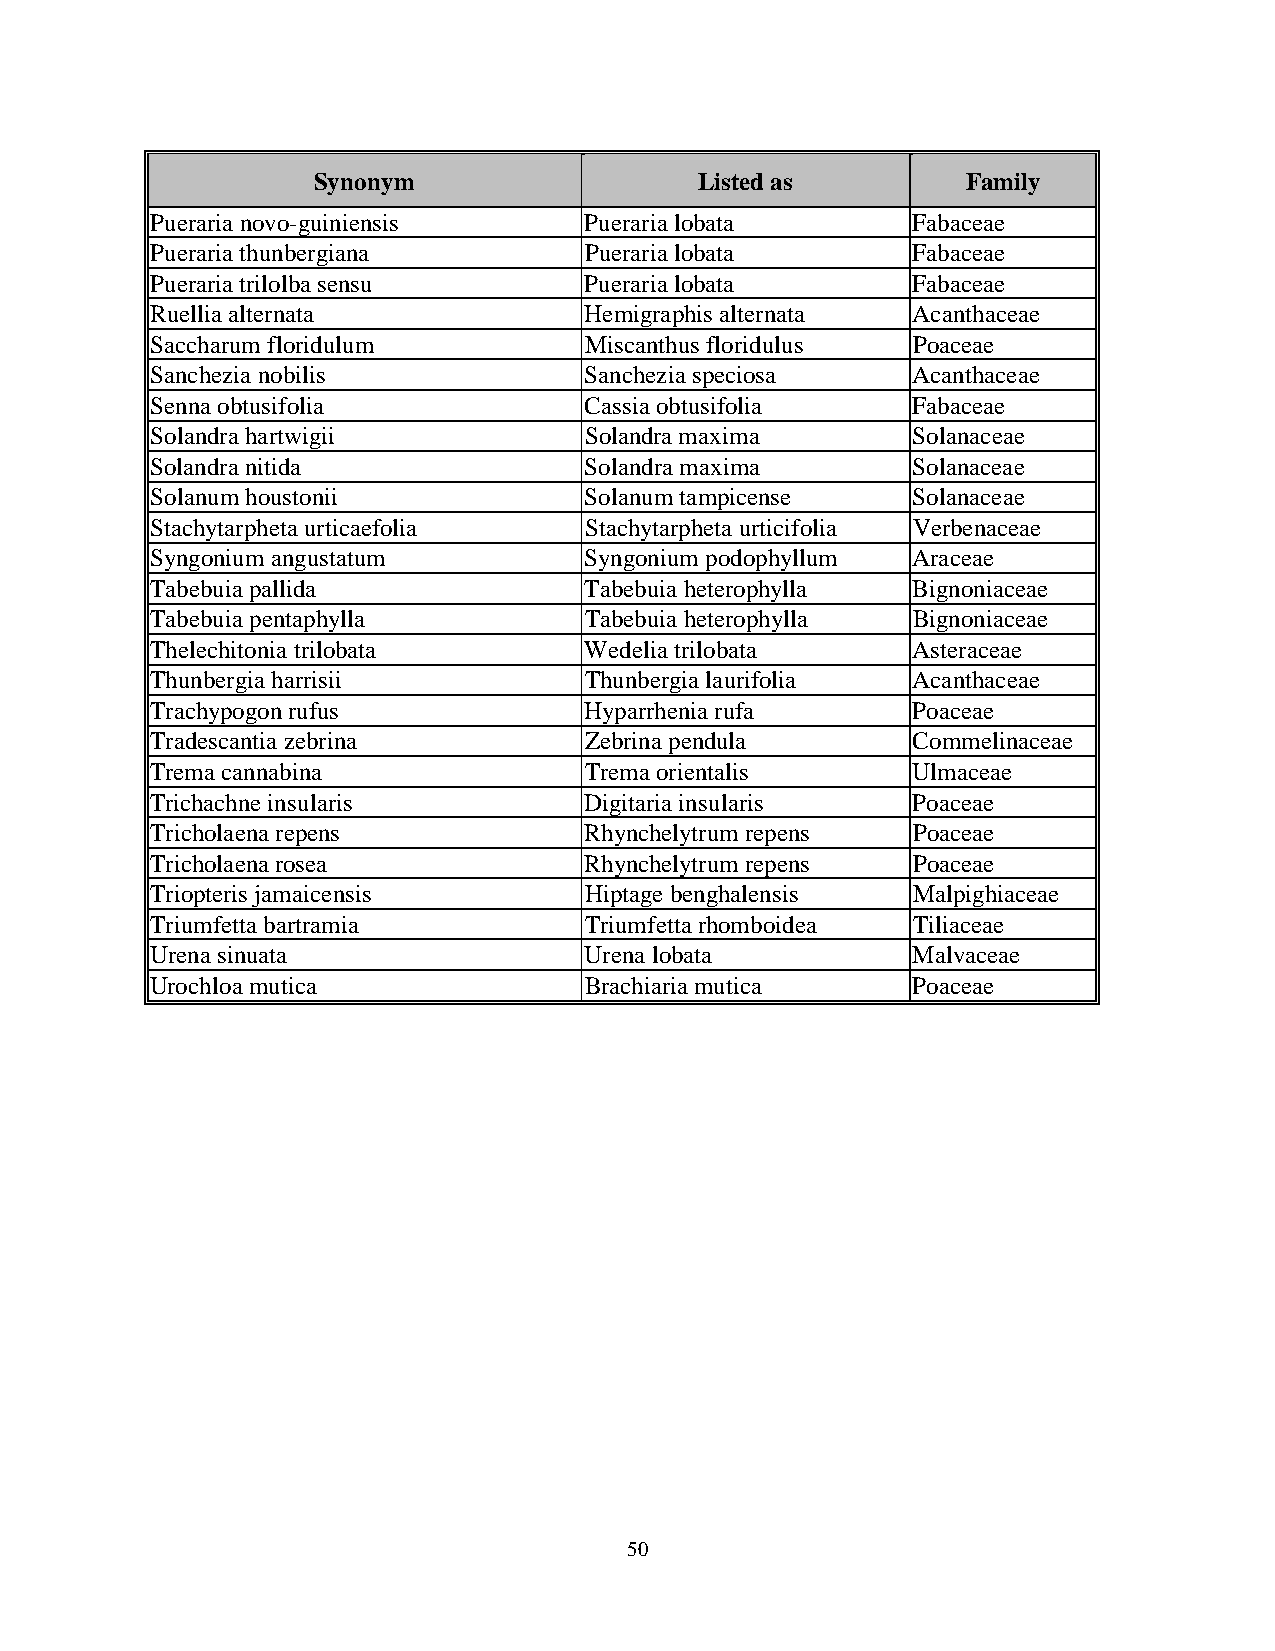
Synonym                  Listed as         Family
 Pueraria novo-guiniensis     Pueraria lobata      Fabaceae
 Pueraria thunbergiana        Pueraria lobata      Fabaceae
 Pueraria trilolba sensu      Pueraria lobata      Fabaceae
 Ruellia alternata            Hemigraphis alternata Acanthaceae
 Saccharum floridulum         Miscanthus floridulus Poaceae
 Sanchezia nobilis            Sanchezia speciosa   Acanthaceae
 Senna obtusifolia            Cassia obtusifolia   Fabaceae
 Solandra hartwigii           Solandra maxima      Solanaceae
 Solandra nitida              Solandra maxima      Solanaceae
 Solanum houstonii            Solanum tampicense   Solanaceae
 Stachytarpheta urticaefolia  Stachytarpheta urticifolia Verbenaceae
 Syngonium angustatum         Syngonium podophyllum Araceae
 Tabebuia pallida             Tabebuia heterophylla Bignoniaceae
 Tabebuia pentaphylla         Tabebuia heterophylla Bignoniaceae
 Thelechitonia trilobata      Wedelia trilobata    Asteraceae
 Thunbergia harrisii          Thunbergia laurifolia Acanthaceae
 Trachypogon rufus            Hyparrhenia rufa     Poaceae
 Tradescantia zebrina         Zebrina pendula      Commelinaceae
 Trema cannabina              Trema orientalis     Ulmaceae
 Trichachne insularis         Digitaria insularis  Poaceae
 Tricholaena repens           Rhynchelytrum repens Poaceae
 Tricholaena rosea            Rhynchelytrum repens Poaceae
 Triopteris jamaicensis       Hiptage benghalensis Malpighiaceae
 Triumfetta bartramia         Triumfetta rhomboidea Tiliaceae
 Urena sinuata                Urena lobata         Malvaceae
 Urochloa mutica              Brachiaria mutica    Poaceae
 50